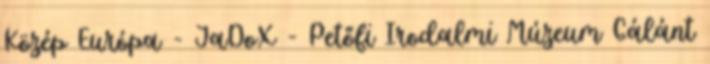
Közép Európa - JaDoX - Petőfi Irodalmi Múzeum Gálánt